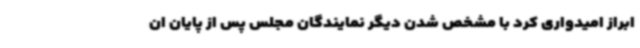
ابراز امیدواری کرد با مشخص شدن دیگر نمایندگان مجلس پس از پایان ان